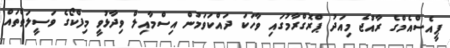
ޕީއެސްއެމްގެ ރާއްޖެ މިއަދު ޕްރޮގްރާމުގައި ވާހަކަ ދައްކަވަމުން އިސްމާއިލް ވިދާޅުވީ މިފްކޯގެ ވަސީލަތްތައް